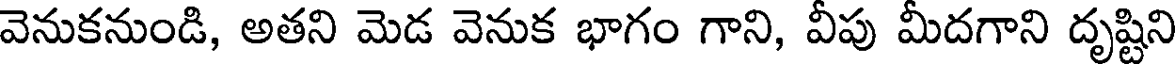
వెనుకనుండి, అతని మెడ వెనుక భాగం గాని, వీపు మీదగాని దృష్టిని